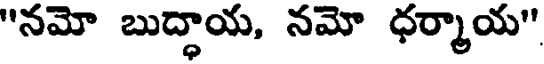
"నమో బుద్ధాయ, నమో ధర్మాయ"